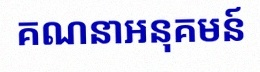
គណនាអនុគមន៍